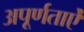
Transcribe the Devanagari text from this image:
अपूर्णताऐं